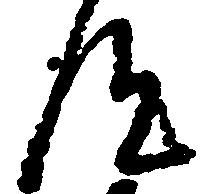
汰